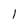
Character: 1